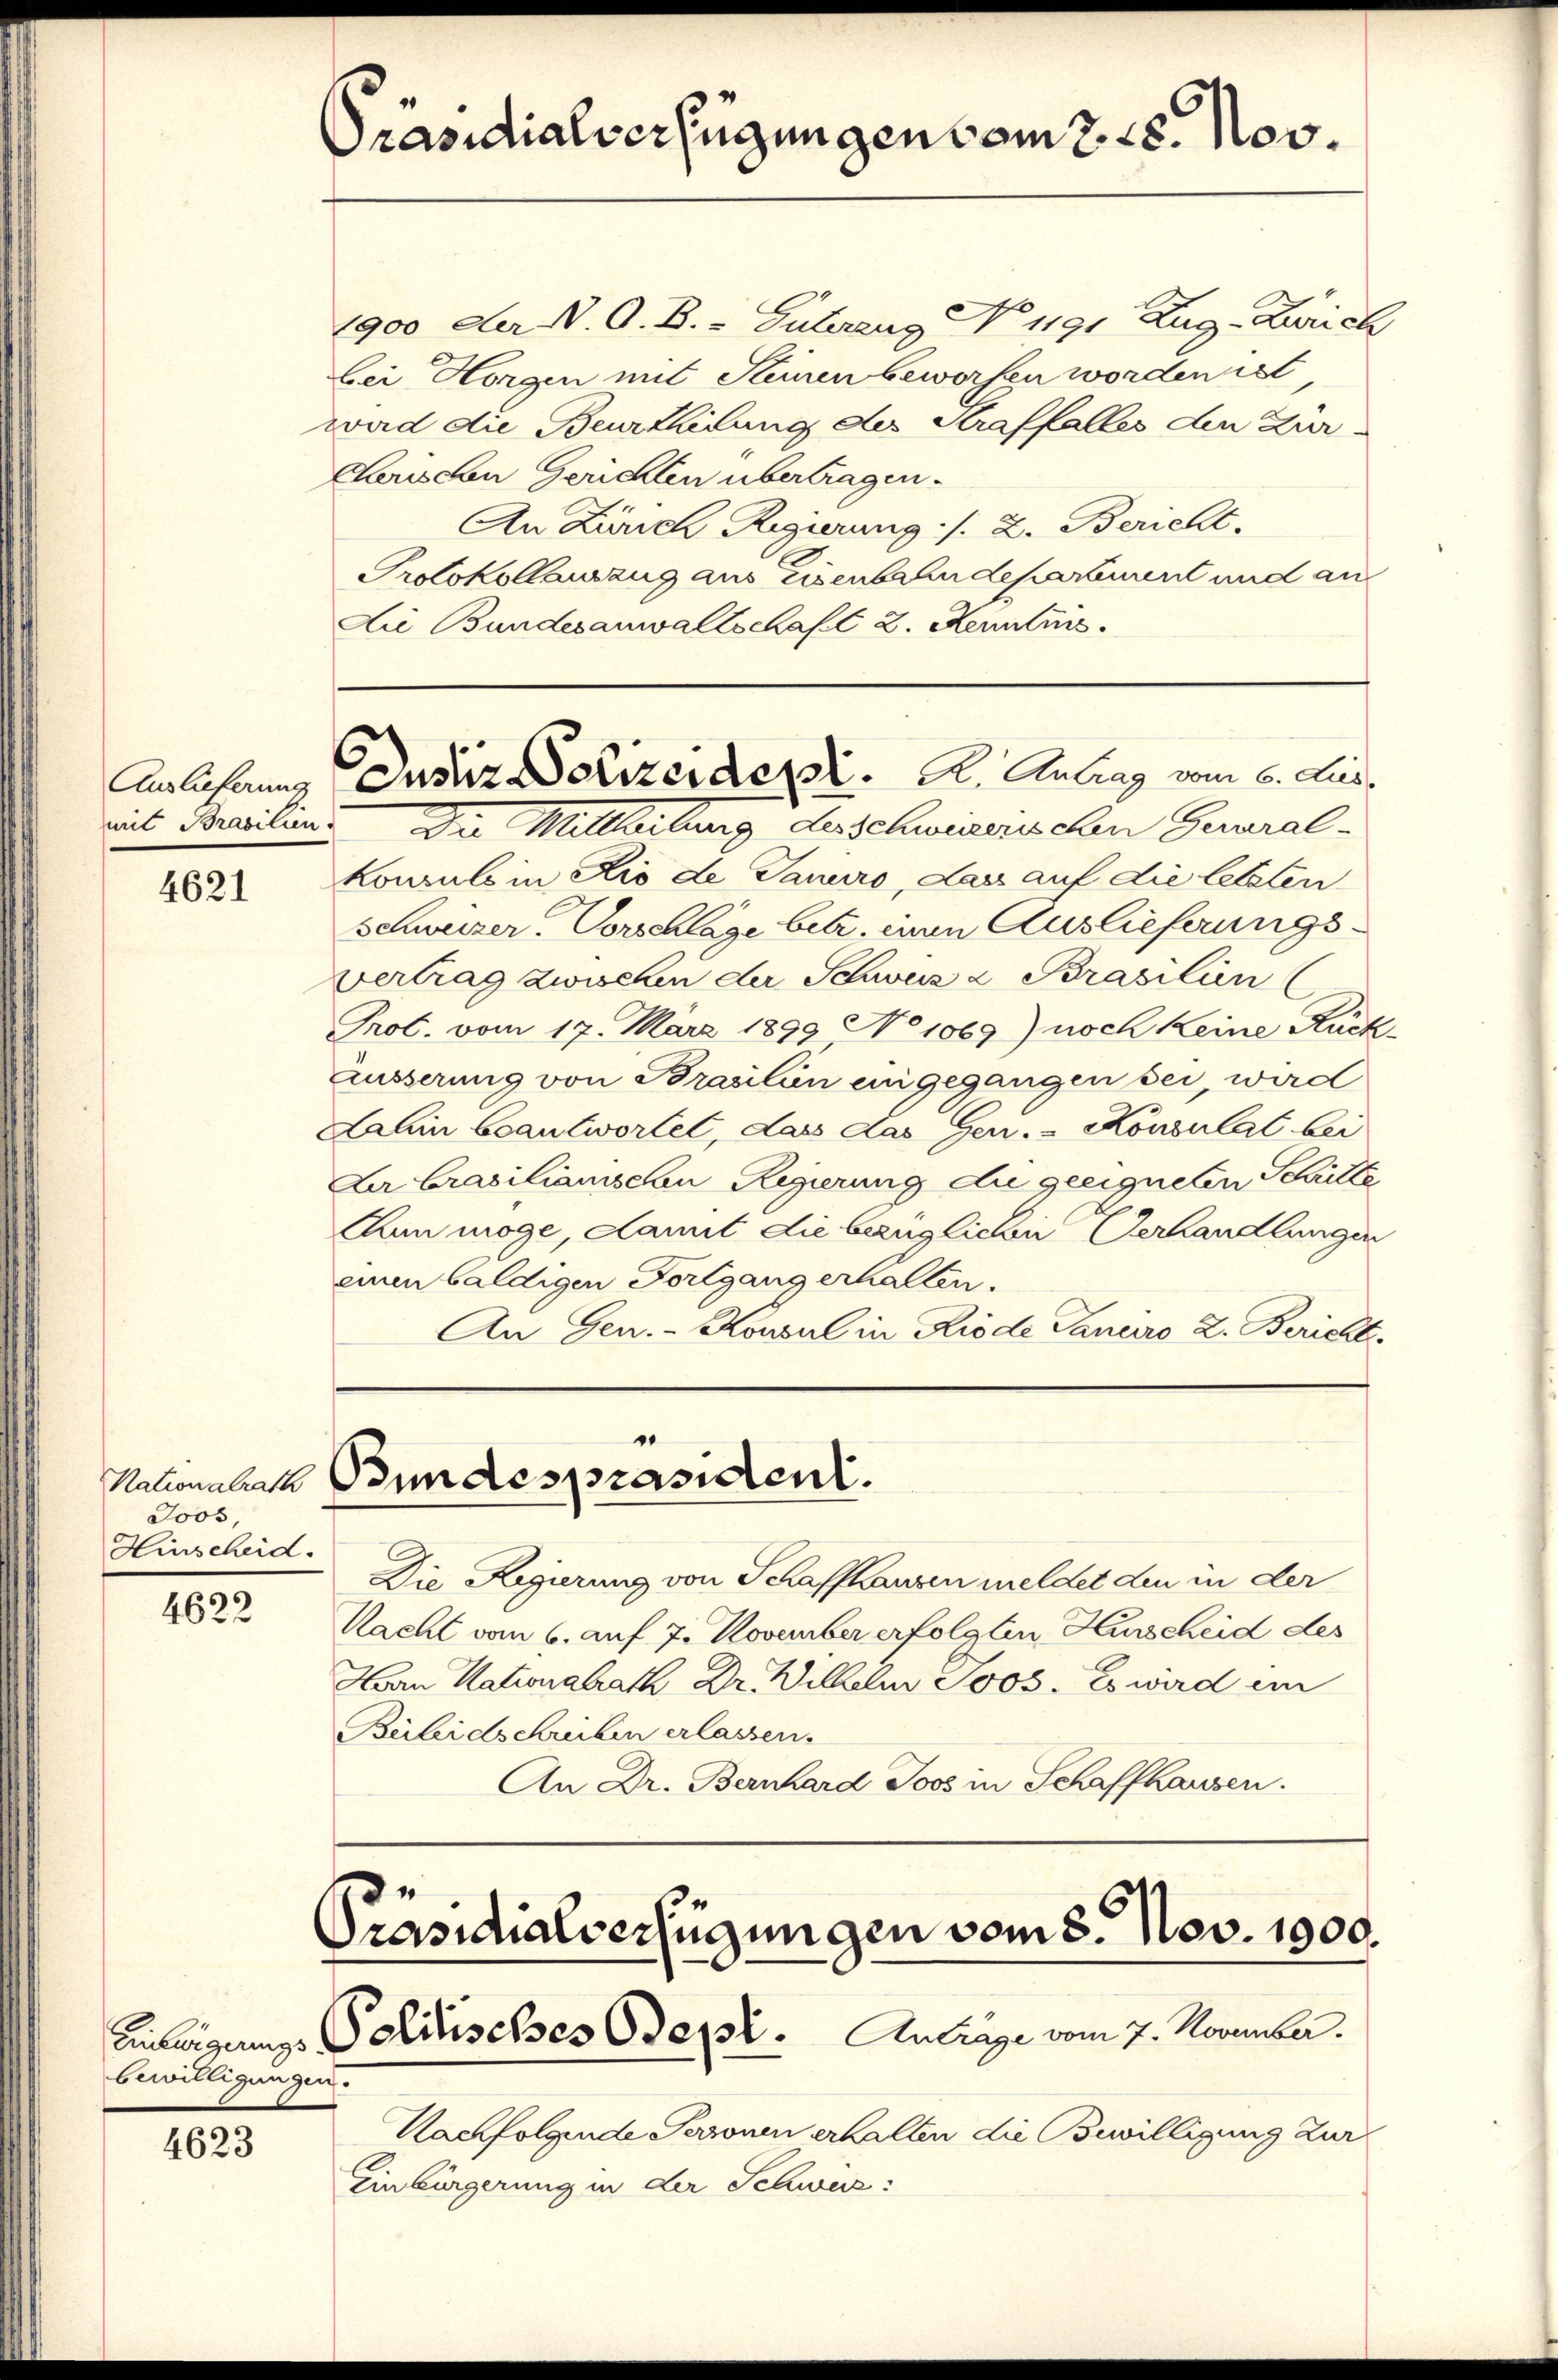
4621

Joos,
Hinscheid.

4622

bewilligungen.

4623

Präsidialverfügungen vom 2. 28. Nov.

1900 der N. O. B. - Guterung No 1191. Zug- Zürich
bei Horgen mit Steinen beworfen worden ist,
ward die Beurtheilung des Straffalles den Zür
Carischen Gerichten übertragen.
An Zürich Regierung /. 2. Bericht.
Protokollauszug aus Eisenbahndepartement und an
Die Bundesanwaltschaft 2. Kenntins

mit Brasilien. Die Mittheilung desschwierischen General-
kannt in Rio de Januro, das auf die letzten
Schweizer. Vorschlage betr. einen Auslieferungsvertrag zwischen der Schweiz Brasilien
Prot. vom 17. März 1899 No 1069) noch keine Rück-
Äusserung von Brasilien eingegangen sei, wird
Lahin beantwortet, dass das Gen. - Konsulat bei
La brasilianischen Regierung die geeigneten Schritte
Cun möge, damit die bezüglichen Verhandlungen
einen baldigen Fortgang erhalten.
An Gen. - Konsul in Riode Canaro 2. Bericht.

Anlehnung Deser Polizeider K. A. Antrag vom 6. Aus¬

Nationaler Bundespräsident.

Die Regierung von Schaffhausen meldet den in der
Nacht vom 6. auf 7. November erfolgten Hurscheid des
Herrn Nationalrath Dr. Wilhelm Jos. Es wird im
Beleidschreiben erlassen.
An Dr. Bernhard Joos in Schaffhausen.

Präsidialverfügungen vom 3. Nov. 1900.
Anteigungs Politisches Beysi. Antrage vom 7. November.

Nachfolgende Paronen erhalten die Bewilligung zur
Einbürgerung in der Schweiz: